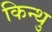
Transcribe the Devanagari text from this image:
किन्थु